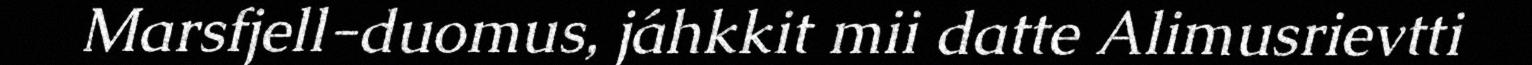
Marsfjell-duomus, jáhkkit mii datte Alimusrievtti